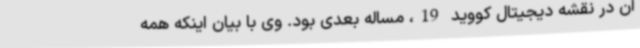
آن در نقشه دیجیتال کووید 19، مساله بعدی بود. وی با بیان اینکه همه